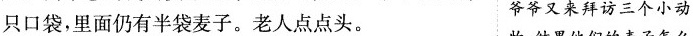
只口袋，里面仍有半袋麦子。老人点点头。 爷爷又来拜访三个小动